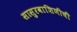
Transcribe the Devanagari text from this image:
सासुरवाशिणीची